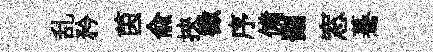
乱矜茵俞挾徵序備删窓驀